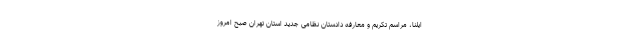
ایلنا، مراسم تکریم و معارفه دادستان نظامی جدید استان تهران صبح امروز